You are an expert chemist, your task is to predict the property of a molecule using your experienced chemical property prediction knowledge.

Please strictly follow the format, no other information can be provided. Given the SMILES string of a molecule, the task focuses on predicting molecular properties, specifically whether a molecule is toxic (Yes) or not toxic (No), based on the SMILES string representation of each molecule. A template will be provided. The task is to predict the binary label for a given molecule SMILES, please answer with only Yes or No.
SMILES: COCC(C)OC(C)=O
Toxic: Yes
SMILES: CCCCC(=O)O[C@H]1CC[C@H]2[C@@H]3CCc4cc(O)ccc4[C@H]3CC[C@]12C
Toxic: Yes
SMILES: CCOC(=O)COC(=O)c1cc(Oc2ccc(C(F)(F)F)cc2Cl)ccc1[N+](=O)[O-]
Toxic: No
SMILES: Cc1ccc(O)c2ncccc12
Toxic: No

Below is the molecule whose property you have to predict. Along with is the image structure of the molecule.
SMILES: NC(=S)NS(=O)(=O)c1ccc(N)cc1
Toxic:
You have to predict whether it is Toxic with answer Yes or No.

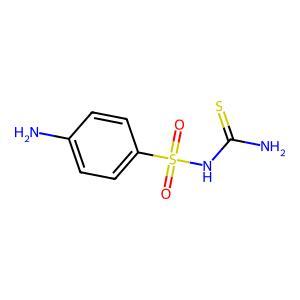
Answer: No